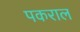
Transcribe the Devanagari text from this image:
पकराल